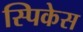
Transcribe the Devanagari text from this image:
स्पिकेस